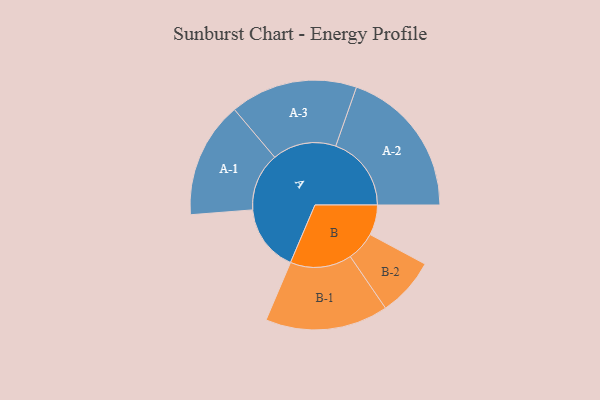
{"axis": {"x": "Segment", "y": "Value"}, "legend": ["", "A", "B"], "data": [{"x": "A", "y": 237, "type": ""}, {"x": "B", "y": 107, "type": ""}, {"x": "A-1", "y": 206, "type": "A"}, {"x": "A-2", "y": 268, "type": "A"}, {"x": "A-3", "y": 226, "type": "A"}, {"x": "B-1", "y": 218, "type": "B"}, {"x": "B-2", "y": 104, "type": "B"}]}